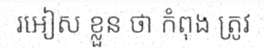
រអៀស ខ្លួន ថា កំពុង ត្រូវ